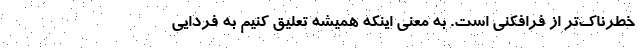
خطرناک‌تر از فرافکنی است. به معنی اینکه همیشه تعلیق کنیم به فردایی